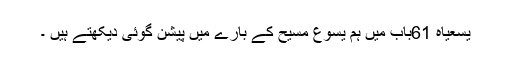
یسعیاہ 61باب میں ہم یسوع مسیح کے بارے میں پیشن گوئی دیکھتے ہیں ۔